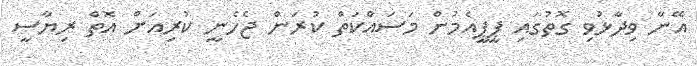
އޭނާ ވިދާޅުވި ގޮތުގައި ޕީޕީއެމުން މަސައްކަތް ކުރަން ޖެހެނީ ކުރިއަށް އޮތް ރިޔާސީ